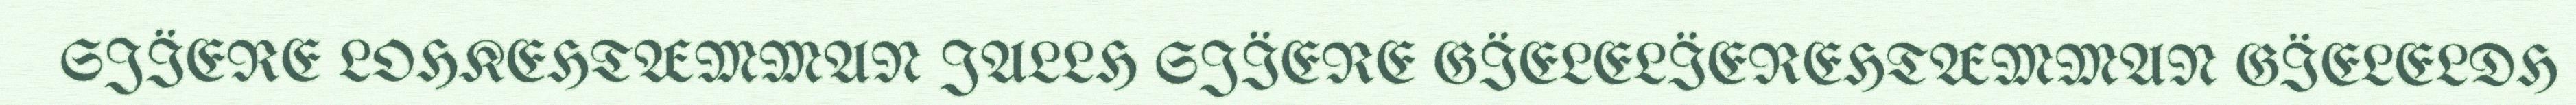
SJÏERE LOHKEHTÆMMAN JALLH SJÏERE GÏELELÏEREHTÆMMAN GÏELELDH